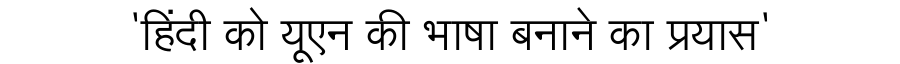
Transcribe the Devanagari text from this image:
'हिंदी को यूएन की भाषा बनाने का प्रयास'